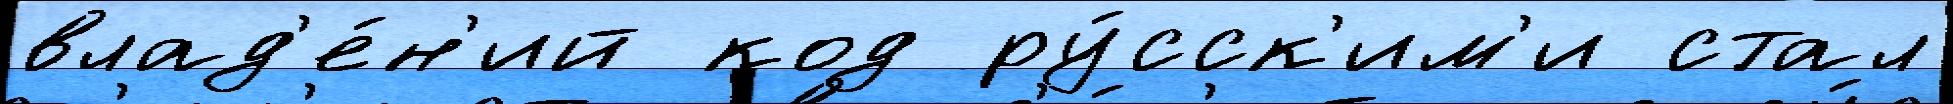
влад'е́н'ий код ру́сск'им'и стал